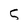
Character: 5